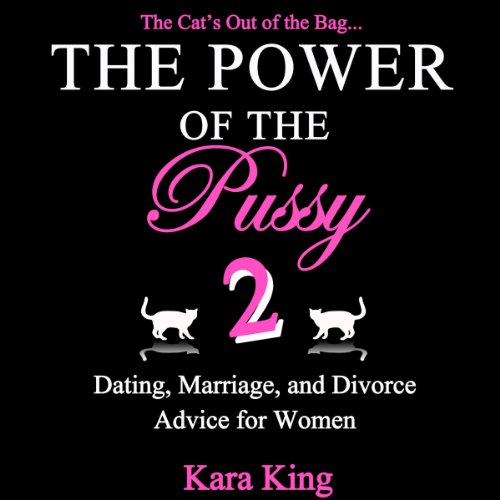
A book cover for The Power of the Pussy: Part Two: Dating, Marriage, and Divorce Advice for Women; Kara King; Medical Books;